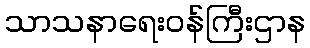
သာသနာရေးဝန်ကြီးဌာန